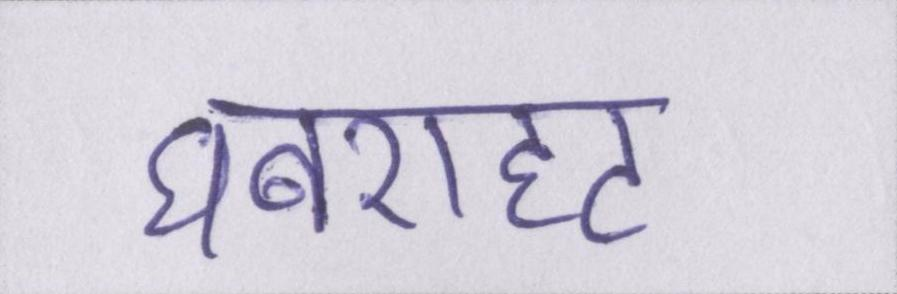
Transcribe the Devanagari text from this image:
घबराहट